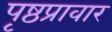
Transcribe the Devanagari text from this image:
पृष्ठप्रावार